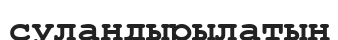
суландырылатын